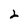
Character: 2